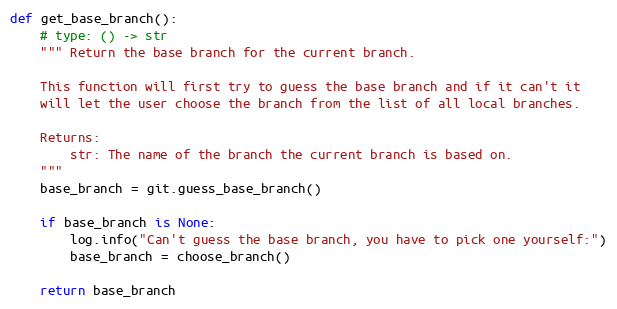
Language: Python
def get_base_branch():
    # type: () -> str
    """ Return the base branch for the current branch.

    This function will first try to guess the base branch and if it can't it
    will let the user choose the branch from the list of all local branches.

    Returns:
        str: The name of the branch the current branch is based on.
    """
    base_branch = git.guess_base_branch()

    if base_branch is None:
        log.info("Can't guess the base branch, you have to pick one yourself:")
        base_branch = choose_branch()

    return base_branch